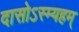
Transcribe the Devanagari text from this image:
दासोऽस्म्यहम्